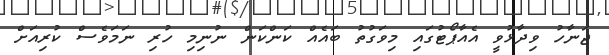
ޖަނާހު ވިދާޅުވީ އެއާޕޯޓުގައި މިވަގުތު ބައެއް ކަންކަން ނުނިމި ހުރި ނަމަވެސް ކުރިއަށް